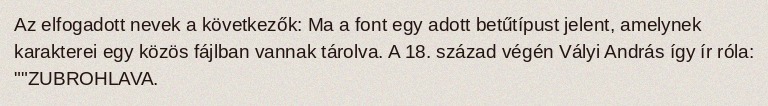
Az elfogadott nevek a következők: Ma a font egy adott betűtípust jelent, amelynek karakterei egy közös fájlban vannak tárolva. A 18. század végén Vályi András így ír róla: ""ZUBROHLAVA.